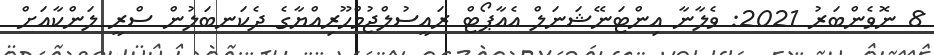
8 ނޮވެންބަރު 2021: ވެލާނާ އިންޓަނޭޝަނަލް އެއާޕޯޓް ރައީސުލްޖުމްހޫރިއްޔާގެ ދެކަނބަލުން ސްރީ ލަންކާއަށް